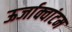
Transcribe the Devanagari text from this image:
ऊर्जाक्वांटम